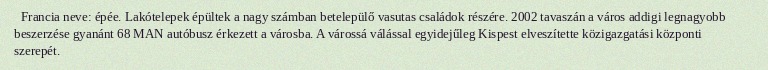
Francia neve: épée. Lakótelepek épültek a nagy számban betelepülő vasutas családok részére. 2002 tavaszán a város addigi legnagyobb beszerzése gyanánt 68 MAN autóbusz érkezett a városba. A várossá válással egyidejűleg Kispest elveszítette közigazgatási központi szerepét.